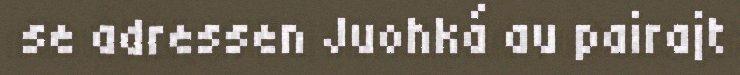
se adressen Juohká au pairajt